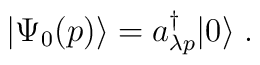
|\Psi_0(p) \rangle = a^\dagger_{\lambda p} |0 \rangle \; .